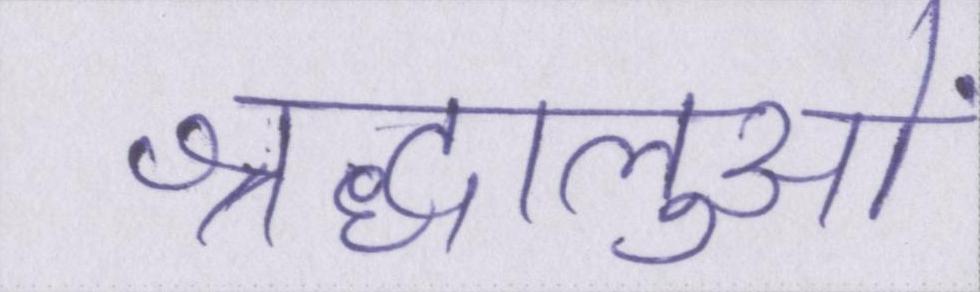
श्रद्धालुओं